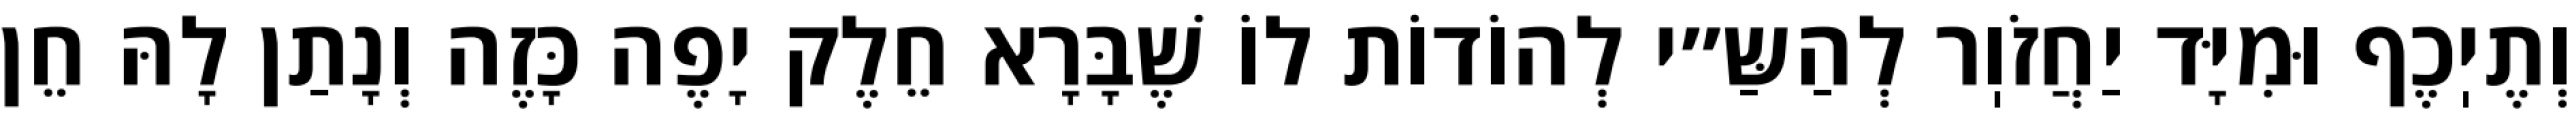
וְתֶיֽכֶף וּמִיָּד יַחֲזֹוֽר לְהַשַּ״י לְהוֹדוֹת לוֹ שֶׁבָּרָא חֵלֶק יָפֶה כָּזֶה וְנָתַן לָהּ חֵן